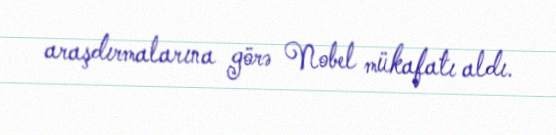
araşdırmalarına görə Nobel mükafatı aldı.